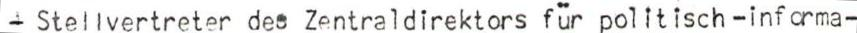
- Stellvertreter des Zentraldirektors für politisch-informa-